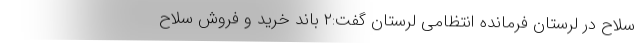
سلاح در لرستان فرمانده انتظامی لرستان گفت:۲ باند خرید و فروش سلاح